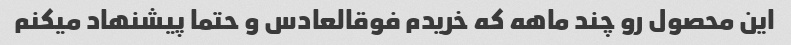
این محصول رو چند ماهه که خریدم فوقالعادس و حتما پیشنهاد میکنم